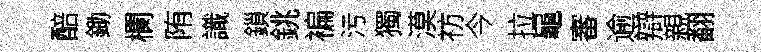
醅鋤欄陏識鎻銚褊污獨漠祊今拉龜審逾辯親翻